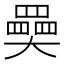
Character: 奰